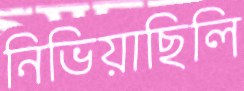
নিভিয়াছিলি